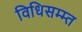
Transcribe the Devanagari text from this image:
विधिसम्म्त